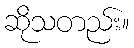
ဆိုသတည်း။